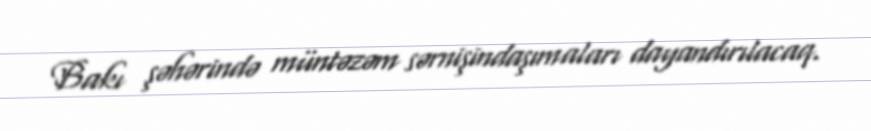
Bakı şəhərində müntəzəm sərnişindaşımaları dayandırılacaq.